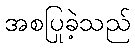
အစပြုခဲ့သည်